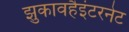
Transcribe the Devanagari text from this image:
झुकावहैइंटरनेट